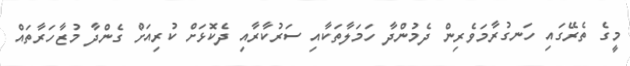
މީގެ ތެރޭގައި ހަނގުރާމަވެރިން ދެމުންދާ ހަމަލާތަކާއި ސަރުކާރާއި ދެކޮޅަށް ކުރިއަށް ގެންދާ މުޒާހަރާތައް